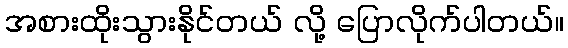
အစားထိုးသွားနိုင်တယ် လို့ ပြောလိုက်ပါတယ်။